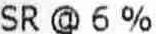
SR @ 6 %